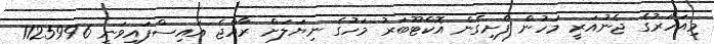
މިއަހަރުގެ ޖެނުއަރީ މަހުން ފެށިގެން އޮކްޓޫބަރު މަހުގެ ނިޔަލަށް ރާއްޖެ އައިސްފައިވަނީ 1125996